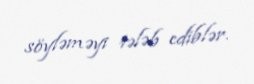
söyləməyi tələb ediblər.